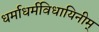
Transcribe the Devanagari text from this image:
धर्माधर्मविधायिनीम्